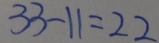
3 3 - 1 1 = 2 2